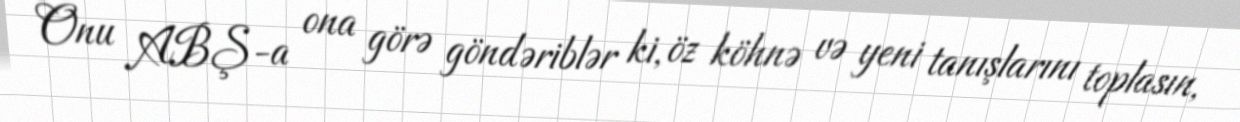
Onu ABŞ-a ona görə göndəriblər ki, öz köhnə və yeni tanışlarını toplasın,